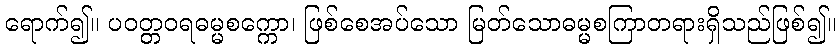
ရောက်၍။ ပဝတ္တဝရဓမ္မစက္ကော၊ ဖြစ်စေအပ်သော မြတ်သောဓမ္မစကြာတရားရှိသည်ဖြစ်၍။